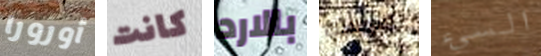
أورورا كانت بالارد سجلاتك السىء